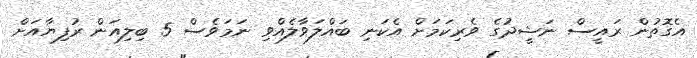
އެގޮތުން ރައީސް ނަޝީދުގެ ވެރިކަމަށް އެކަނި ބައްލަވާލެއްވި ނަމަވެސް 5 ބިލިއަން ރުފިޔާއަށް